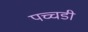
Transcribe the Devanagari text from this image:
पच्चडी